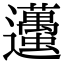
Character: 𨙚